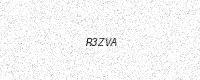
Text: R3ZVA